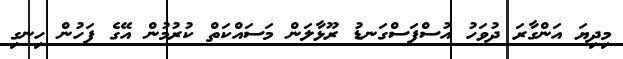
މިދިޔަ އަންގާރަ ދުވަހު އުސްފަސްގަނޑު ރޫޅާލަން މަސައްކަތް ކުރުމުން އޭގެ ފަހުން ހިނގި